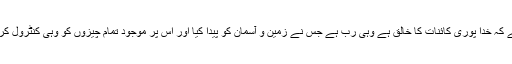
ہمارا عقیدہ ہے کہ خدا پوری کائنات کا خالق ہے وہی رب ہے جس نے زمین و آسمان کو پیدا کیا اور اس پر موجود تمام چیزوں کو وہی کنٹرول کرنے والا ہے ۔